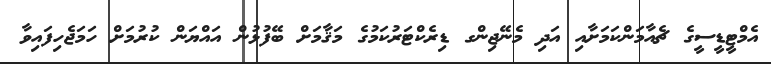
އެމްޓީޑީސީގެ ޗެއާމަންކަމަށާއި އަދި މެނޭޖިންގ ޑިރެކްޓަރުކަމުގެ މަޤާމަށް ބޭފުޅުން އައްޔަން ކުރުމަށް ހަމަޖެހިފައިވާ